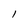
Character: l